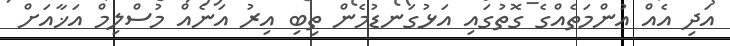
އަދި އެއް އުންމަތެއްގެ ގޮތުގައި އަޅުގަނޑުމެން ތިބި އިރު އަނެއް މުސްލިމް އަޚާއަށް